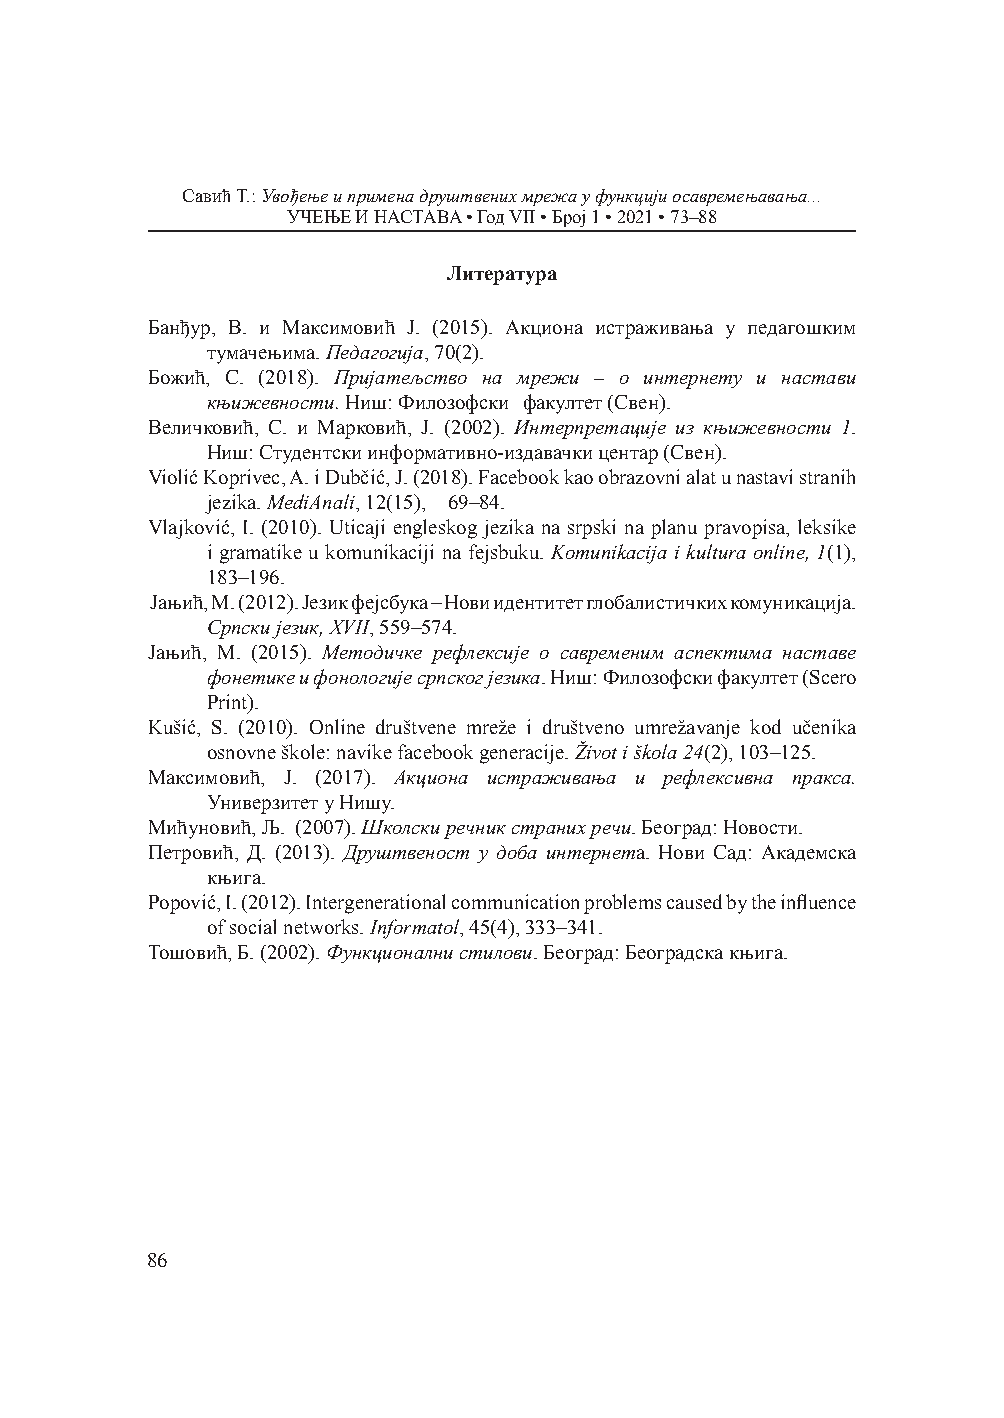
Савић T.: Увођење и примена друштвених мрежа у функцији осавремењавања...
 УЧЕЊЕ И НАСТАВА • Год VII • Број 1 • 2021 • 73–88
 Литература
 Банђур, В. и Максимовић Ј. (2015). Акциона истраживања у педагошким
 тумачењима. Педагогија, 70(2).
 Божић, С. (2018). Пријатељство на мрежи – о интернету и настави
 књижевности. Ниш: Филозофски факултет (Свен).
 Величковић, С. и Марковић, Ј. (2002). Интерпретације из књижевности 1.
 Ниш: Студентски информативно-издавачки центар (Свен).
 Violić Koprivec, A. i Dubčić, J. (2018). Facebook kao obrazovni alat u nastavi stranih
 jezika. MediAnali, 12(15), 69–84.
 Vlajković, I. (2010). Uticaji engleskog jezika na srpski na planu pravopisa, leksike
 i gramatike u komunikaciji na fejsbuku. Komunikacija i kultura online, 1(1),
 183–196.
 Јањић, М. (2012). Језик фејсбука – Нови идентитет глобалистичких комуникација.
 Српски језик, XVII, 559–574.
 Јањић, М. (2015). Методичке рефлексије о савременим аспектима наставе
 фонетике и фонологије српског језика. Ниш: Филозофски факултет (Scero
 Print).
 Kušić, S. (2010). Online društvene mreže i društveno umrežavanje kod učenika
 osnovne škole: navike facebook generacije. Život i škola 24(2), 103–125.
 Максимовић, Ј. (2017). Акциона истраживања и рефлексивна пракса.
 Универзитет у Нишу.
 Мићуновић, Љ. (2007). Школски речник страних речи. Београд: Новости.
 Петровић, Д. (2013). Друштвеност у доба интернета. Нови Сад: Академска
 књига.
 Popović, I. (2012). Intergenerational communication problems caused by the influence
 of social networks. Informatol, 45(4), 333–341.
 Тошовић, Б. (2002). Функционални стилови. Београд: Београдска књига.
 86